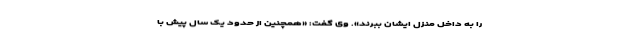
را به داخل منزل ایشان ببرند». وی گفت: «همچنین از حدود یک سال پیش با